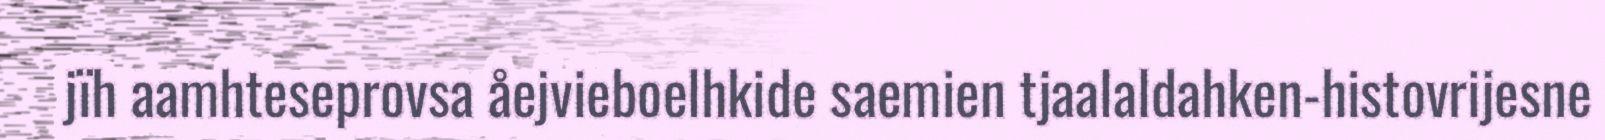
jïh aamhteseprovsa åejvieboelhkide saemien tjaalaldahken-histovrijesne